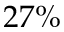
2 7 \%